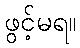
ဖွင့်မရ။